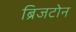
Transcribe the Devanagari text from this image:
ब्रिजटोन